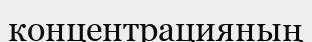
концентрацияның